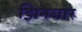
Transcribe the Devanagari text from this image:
झिनबार